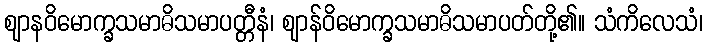
ဈာနဝိမောက္ခသမာဓိသမာပတ္တီနံ၊ ဈာန်ဝိမောက္ခသမာဓိသမာပတ်တို့၏။ သံကိလေသံ၊